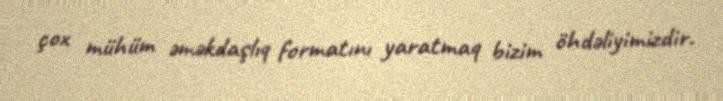
çox mühüm əməkdaşlıq formatını yaratmaq bizim öhdəliyimizdir.